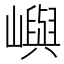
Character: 嶼